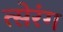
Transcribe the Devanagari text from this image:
त्सेरंग